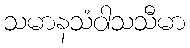
သမာနသံဝါသသီမာ